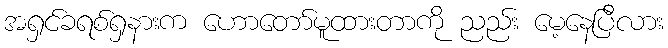
အရှင်ခရစ်ရှနားက ဟောတော်မူထားတာကို ညည်း မေ့နေပြီလား